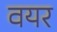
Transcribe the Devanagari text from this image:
वयर